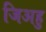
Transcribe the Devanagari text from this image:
जिअहु